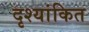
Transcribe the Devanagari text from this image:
दृश्यांकित